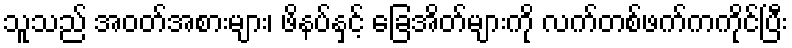
သူသည် အဝတ်အစားများ၊ ဖိနပ်နှင့် ခြေအိတ်များကို လက်တစ်ဖက်ကကိုင်ပြီး